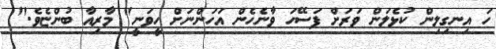
ހަ އިނގިލިން ކުޅެލަން ވަރަށް ފަސޭހަ ވާނެހެން އަހަންނަށް ހީވަނީ" މާރިއާ ބުންޏެވެ."